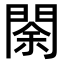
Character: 𨴩